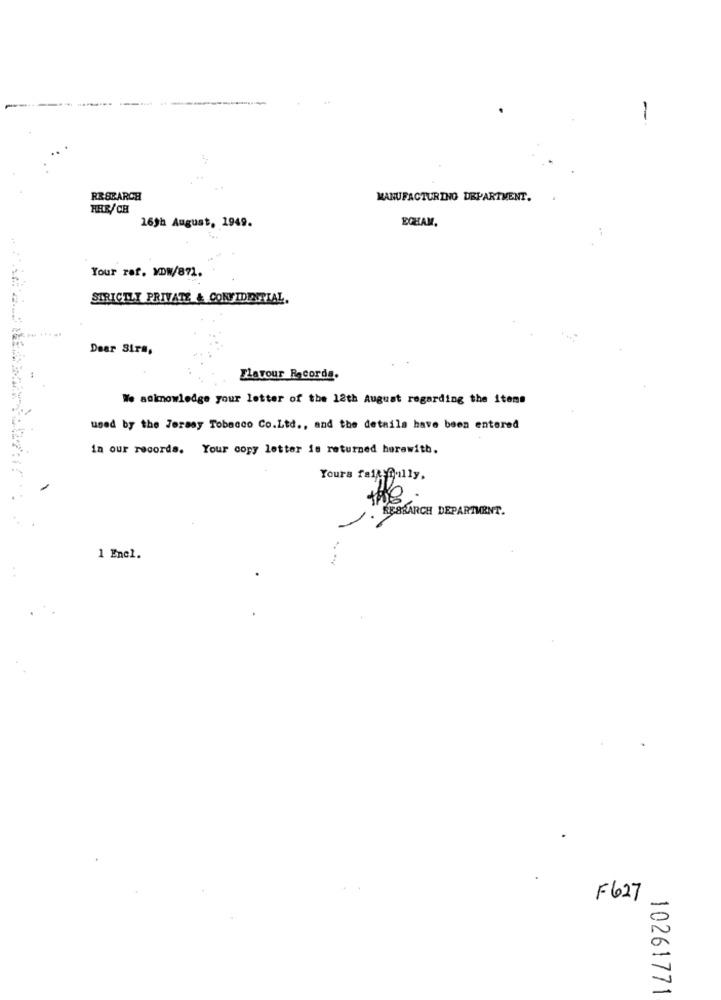
-
RRSEARCH
MANUFACTURING DEPARTMENT.
HER/CH
16th August, 1949.
ECHAM.
Your raf. MDW/871.
STRICTLY PRIVATE & CONFIDENTIAL.
Dear Sirs,
Tlayour Records.
We animowledge your letter of the 12th August regarding the items
used by the Terasy Tobacco Co.Ltd ., and the details have been entered
in our records. Your copy letter is returned herewith.
Yours faik fully.
0
RESEARCH DEPARTMENT.
1 Enel.
F627
10261771